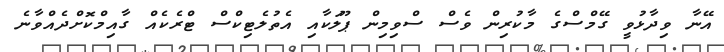
އޭނާ ވިދާޅުވީ ގޭމްސްގެ މާކުރިން ވެސް ސްވިމިން ޕޫލަކާއި އެތުލެޓިކްސް ޓްރެކެއް ގާއިމްކޮށްދެއްވާނެ